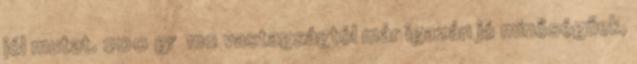
jól mutat. 200 gr m2 vastagságtól már igazán jó minőségűek,